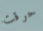
حرقت